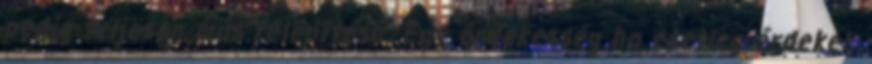
pedig teljesen más felépítésű. Egy érdekesség ha esetleg érdekel: